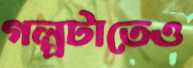
গল্পটাতেও